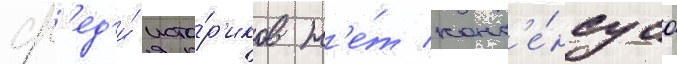
ср'ед'и́ исто́р'иков н'е́т конс'е́нсуса